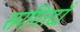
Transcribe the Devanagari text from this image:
सरगिरदाँ